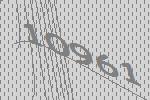
10961